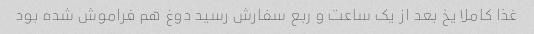
غذا کاملا یخ بعد از یک ساعت و ربع سفارش رسید دوغ هم فراموش شده بود